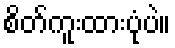
စိတ်ကူးထားပုံပဲ။